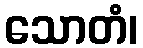
သောတံ၊